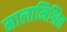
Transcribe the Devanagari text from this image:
मालामिश्रित